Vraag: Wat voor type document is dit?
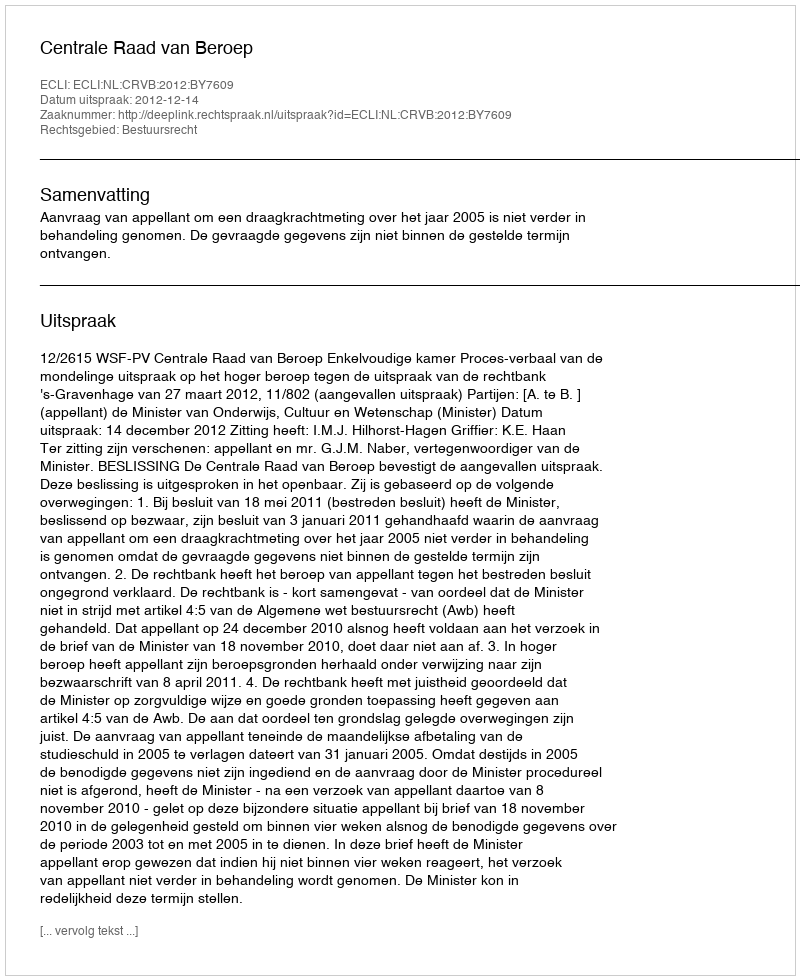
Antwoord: Uitspraak